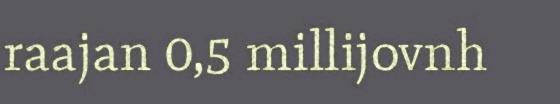
raajan 0,5 millijovnh